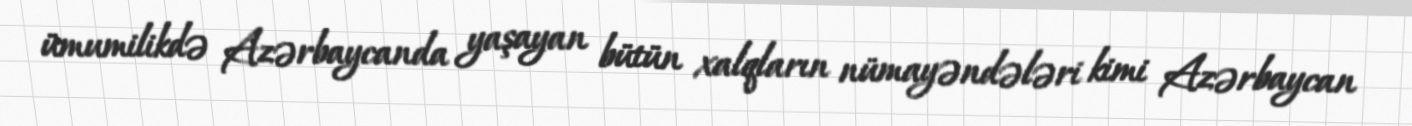
ümumilikdə Azərbaycanda yaşayan bütün xalqların nümayəndələri kimi Azərbaycan